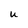
Character: U